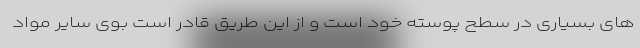
های بسیاری در سطح پوسته خود است و از این طریق قادر است بوی سایر مواد